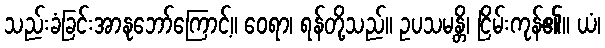
သည်းခံခြင်းအာနုဘော်ကြောင့်။ ဝေရာ၊ ရန်တို့သည်။ ဥပသမန္တိ၊ ငြိမ်းကုန်၏။ ယံ၊